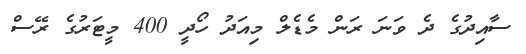
ސާއިދުގެ ދެ ވަނަ ރަން މެޑެލް މިއަދު ހޯދީ 400 މީޓަރުގެ ރޭސް